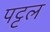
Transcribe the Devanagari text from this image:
पट्टल